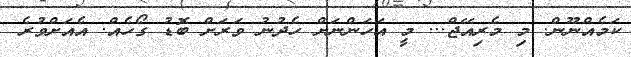
ކަމެއްނޫން. މި މެރިއޭޖް... މީ އަހަންނަށް ހެދުނު ވަރަށް ބޮޑު ގޯހެއް. އެއަށްވުރެ